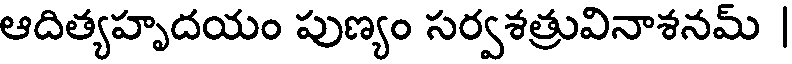
ఆదిత్యహృదయం పుణ్యం సర్వశత్రువినాశనమ్